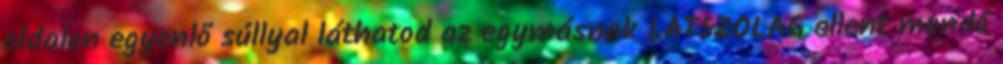
oldalon egyenlő súllyal láthatod az egymásnak LÁTSZÓLAG ellent mondó